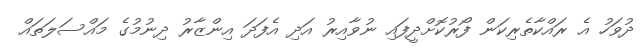
ދުވަހު އެ ރައްކާތެރިކަން ފޯރުކޮށްދީފައި ނުވާއިރު އަދި އެފަދަ އިންޒާރު ދިނުމުގެ މައްސަލަތައް